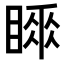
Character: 𥉚